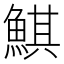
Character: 鯕